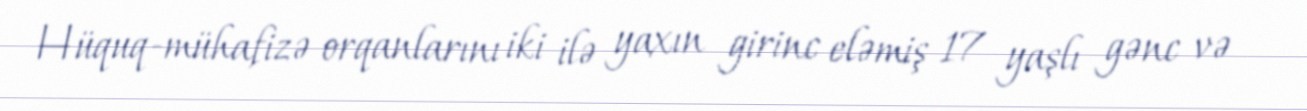
Hüquq-mühafizə orqanlarını iki ilə yaxın girinc eləmiş 17 yaşlı gənc və